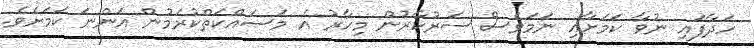
ހަދާފައި ނުވާ ކަމަށާއި ނަމަވެސް ސަރުކާރުން މިހާރު އެ މަސައްކަތްކުރަމުން އަންނަ ކަމަށެވެ.